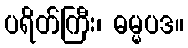
ပရိတ်ကြီး၊ ဓမ္မပဒ။